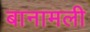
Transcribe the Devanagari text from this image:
बानामली